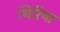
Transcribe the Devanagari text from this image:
थिरिया